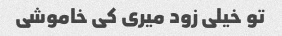
تو خیلی زود میری کی خاموشی